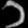
Digit: ၁